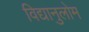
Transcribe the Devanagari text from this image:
विद्यानुलोम